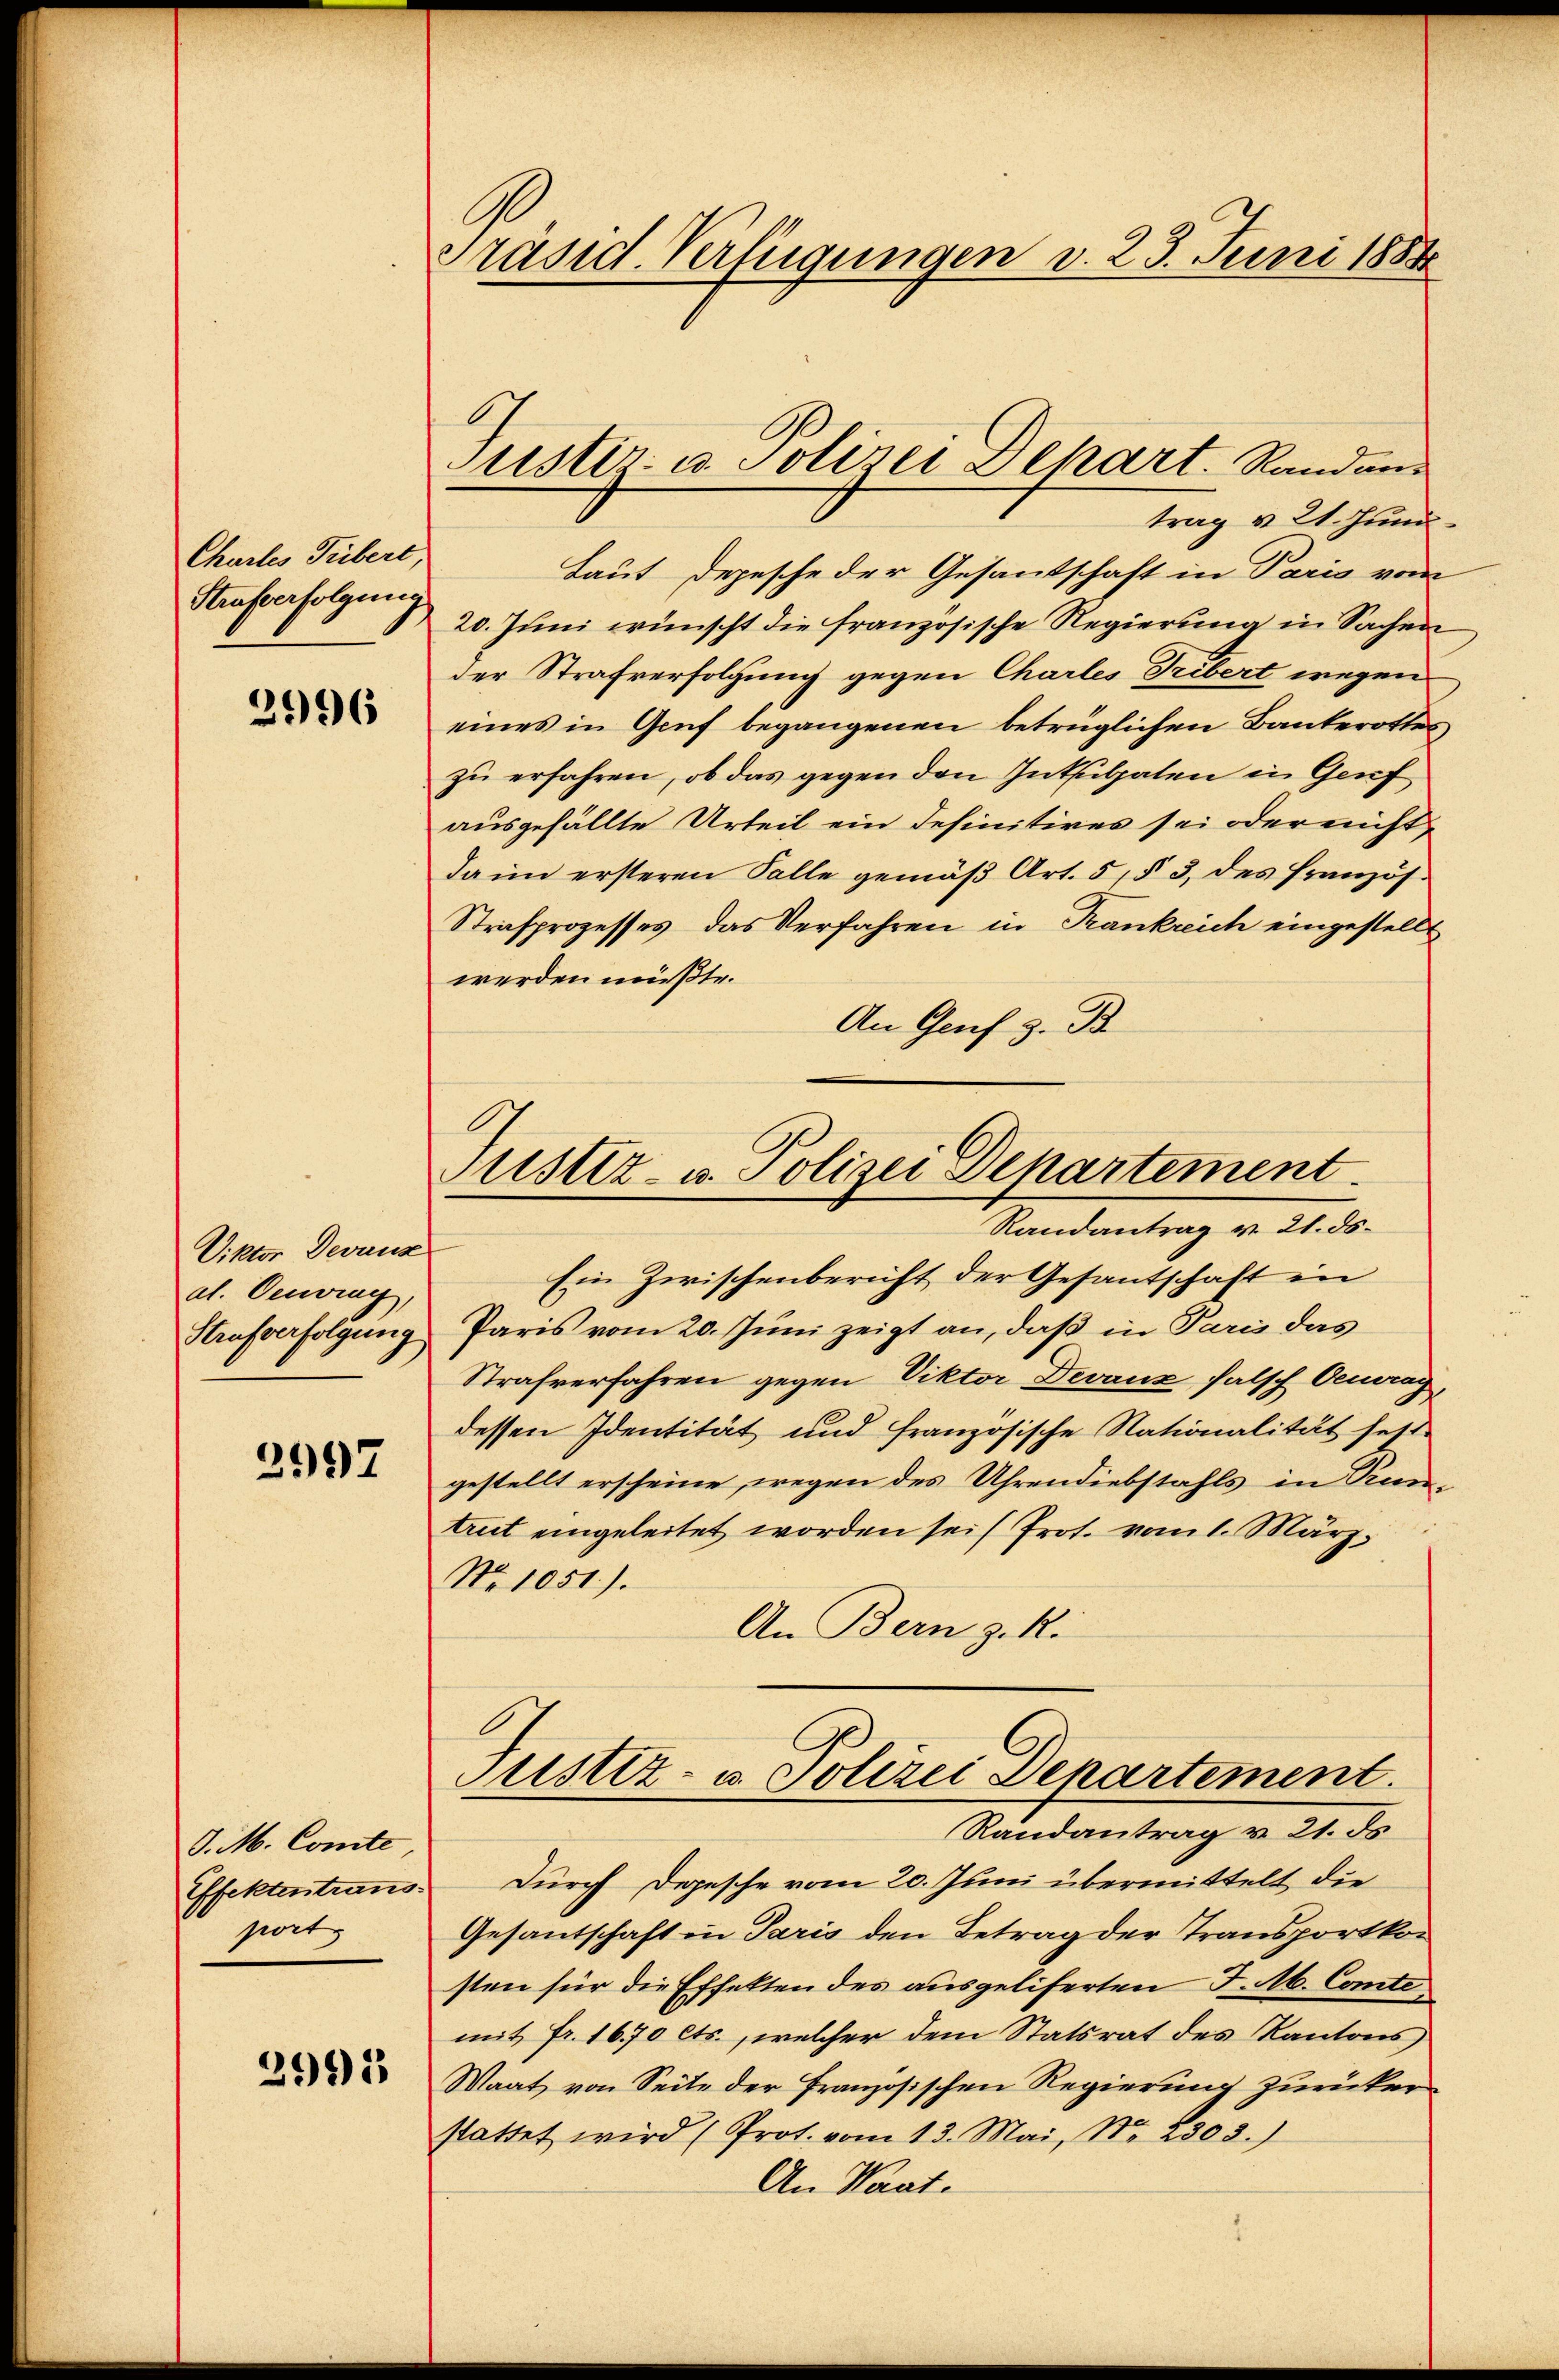
Chartes Tribert,
Strafverfolgung

2996

Viktor Devanz
at. Centrag,
Strafverfolgung

2997

J. M. Comte
port

299)

Präsid. Verfügungen v. 25. Juni 1888

trag v. 21. Juni
Laut Depesche der Gesantschaft in Paris vom
20. Juni wünscht die französische Regierung in Sachen
der Strafverfolgung gegen Chartes Tribert wegen
eines in Genf begangenen betrüglichen Bankerottes
zŭ erfahren, ob das gegen den Inkulpaten in Genf
ausgefällte Urteil ein definitives sei oder nicht
da im ersteren Falle gemäβ Art. 5, § 3 des französ.
Strafprozesses, das Verfahren in Trankreich eingestellt
werden müßte.
An Genf z. B

Justiz- u. Polizei Dehart. Randan

Justiz- u. Polizei Departement
Randantrag v. 21. ds.

Ein Zwischenbericht der Gesantschaft in
Paris vom 20. Juni zeigt an, daß in Paris das
Strafverfahren gegen Viktor Devanz falsch Oerag
dessen Identität und französische Nationalität fest-
gestellt erscheine, wegen des Uhrendiebstahls in Kantrut eingeleitet worden sei Prot. vom 1. März.
No 1051).
An Bern z. R.

Justiz- u. Polizei Departement.
Randantrag v. 21. ds

Effektentrans. Durch Depesche vom 20. Juni übermittelt die
Gesantschaft in Paris den Betrag der Transportkosten für die Effekten des ausgeliferten F. Ab. Comte
mit fr. 1670 cts., welcher dem Statsrat des Kantons
Waat von Seite der Französischen Regierung zurücker
stattet wird (Prot. vom 13. Mai, No. 2303.)
An Kant.